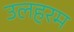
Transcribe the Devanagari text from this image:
उलहरम